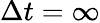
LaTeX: \Delta t=\infty